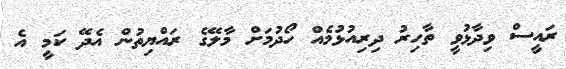
ރައީސް ވިދާޅުވީ ތާހިރު ދިރިއުޅުމެއް ހޯދުމަށް މާލޭގެ ރައްޔިތުން އެދޭ ކަމީ އެ